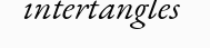
intertangles